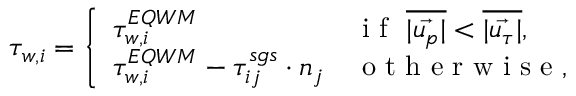
\tau _ { w , i } = \left\{ \begin{array} { l l } { \tau _ { w , i } ^ { E Q W M } } & { \mathrm { ~ i ~ f ~ } \ \overline { { | \vec { u _ { p } } | } } < \overline { { | \vec { u _ { \tau } } | } } , } \\ { \tau _ { w , i } ^ { E Q W M } - \tau _ { i j } ^ { s g s } \cdot n _ { j } } & { \mathrm { ~ o ~ t ~ h ~ e ~ r ~ w ~ i ~ s ~ e ~ } , } \end{array} \right.